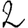
Digit: 2